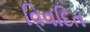
વિવદિત